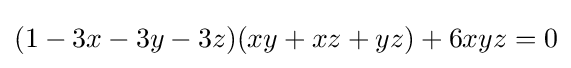
(1-3x-3y-3z)(xy+xz+yz)+6xyz=0